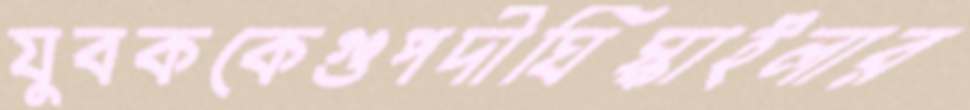
যুবককেগুপদীঘিস্কাইলার